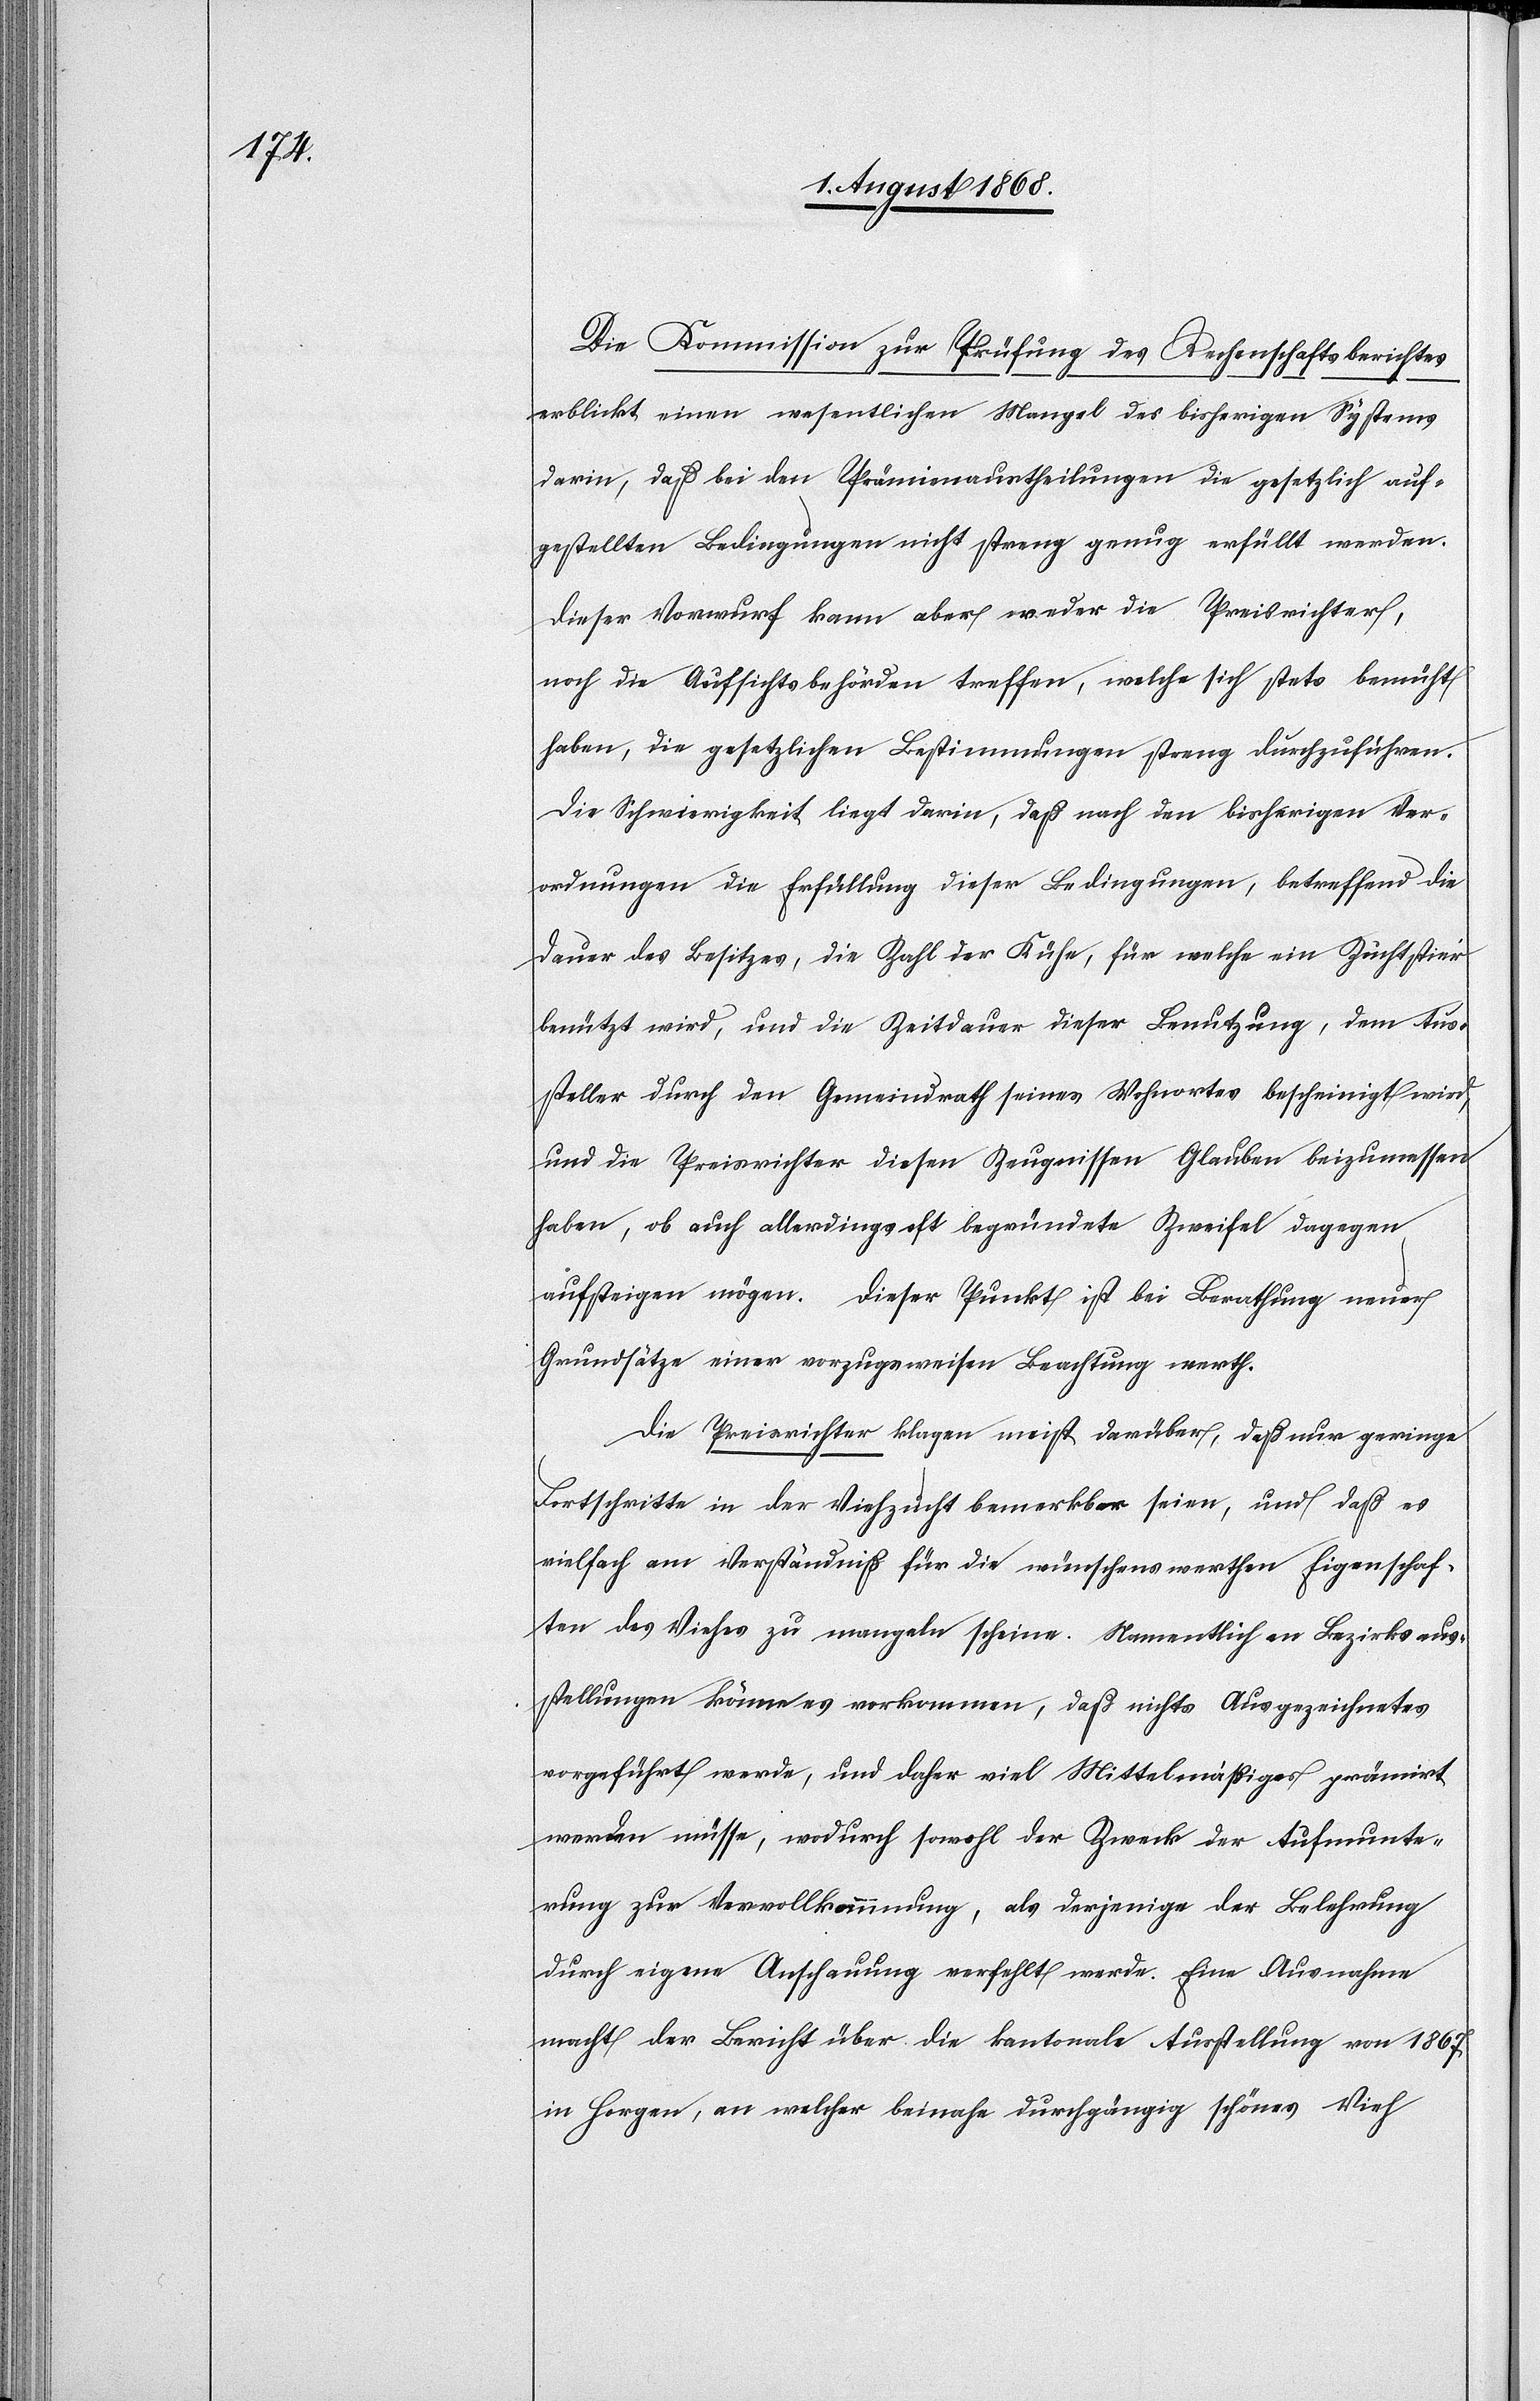
Die Kommission zur Prüfung des Rechenschaftsberichtes
erblickt einen wesentlichen Mangel des bisherigen Systems
darin, daß bei den Prämienaustheilungen die gesetzlich auf¬
gestellten Bedingungen nicht streng genug erfüllt werden.
Dieser Vorwurf kann aber weder die Preisrichter,
noch die Aufsichtsbehörden treffen, welche sich stets bemüht
haben, die gesetzlichen Bestimmungen streng durchzuführen.
Die Schwierigkeit liegt darin, daß nach den bisherigen Ver¬
ordnungen die Erfüllung dieser Bedingungen, betreffend die
Dauer des Besitzes, die Zahl der Kühe, für welche ein Zuchtstier
benützt wird, und die Zeitdauer dieser Benutzung, dem Aus¬
steller durch den Gemeindrath seines Wohnortes bescheinigt wird,
und die Preisrichter diesen Zeugnissen Glauben beizumessen
haben, ob auch allerdings oft begründete Zweifel dagegen
aufsteigen mögen. Dieser Punkt ist bei Berathung neuer
Grundsätze einer vorzugsweisen Beachtung werth.
Die Preisrichter klagen meist darüber, daß nur geringe
Fortschritte in der Viehzucht bemerkbar seien, und daß es
vielfach am Verständniß für die wünschenswerthen Eigenschaf¬
ten des Viehes zu mangeln scheine. Namentlich an Bezirksaus¬
stellungen könne es vorkommen, daß nichts Ausgezeichnetes
vorgeführt werde, und daher viel Mittelmäßiges prämirt
werden müsse, wodurch sowohl der Zweck der Aufmunte¬
rung zur Vervollkommnung, als derjenige der Belehrung
durch eigene Anschauung verfehlt werde. Eine Ausnahme
macht der Bericht über die kantonale Ausstellung von 1867
in Horgen, an welcher beinahe durchgängig schönes Vieh